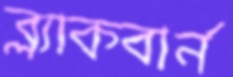
ব্ল্যাকবার্ন